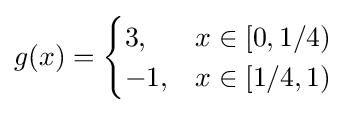
g(x)={\begin{cases}3,&x\in [0,1/4)\\-1,&x\in [1/4,1)\end{cases}}